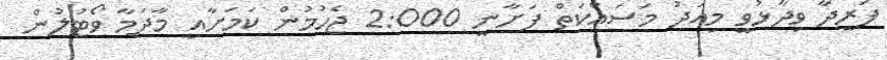
ފަރީދާ ވިދާޅުވީ މިއަދު މަސައްކަތް ފަށާނީ 2:000 ޖެހުމުން ކަމަށާއި މާދަމާ ވޯޓުލުން